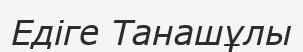
Едіге Танашұлы